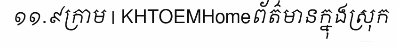
១១.៩ក្រាម | KHTOEMHomeព័ត៌មានក្នុងស្រុក